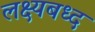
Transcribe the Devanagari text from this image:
लक्ष्यबध्द